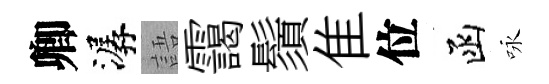
卿潺語靄鬚隹位函咏